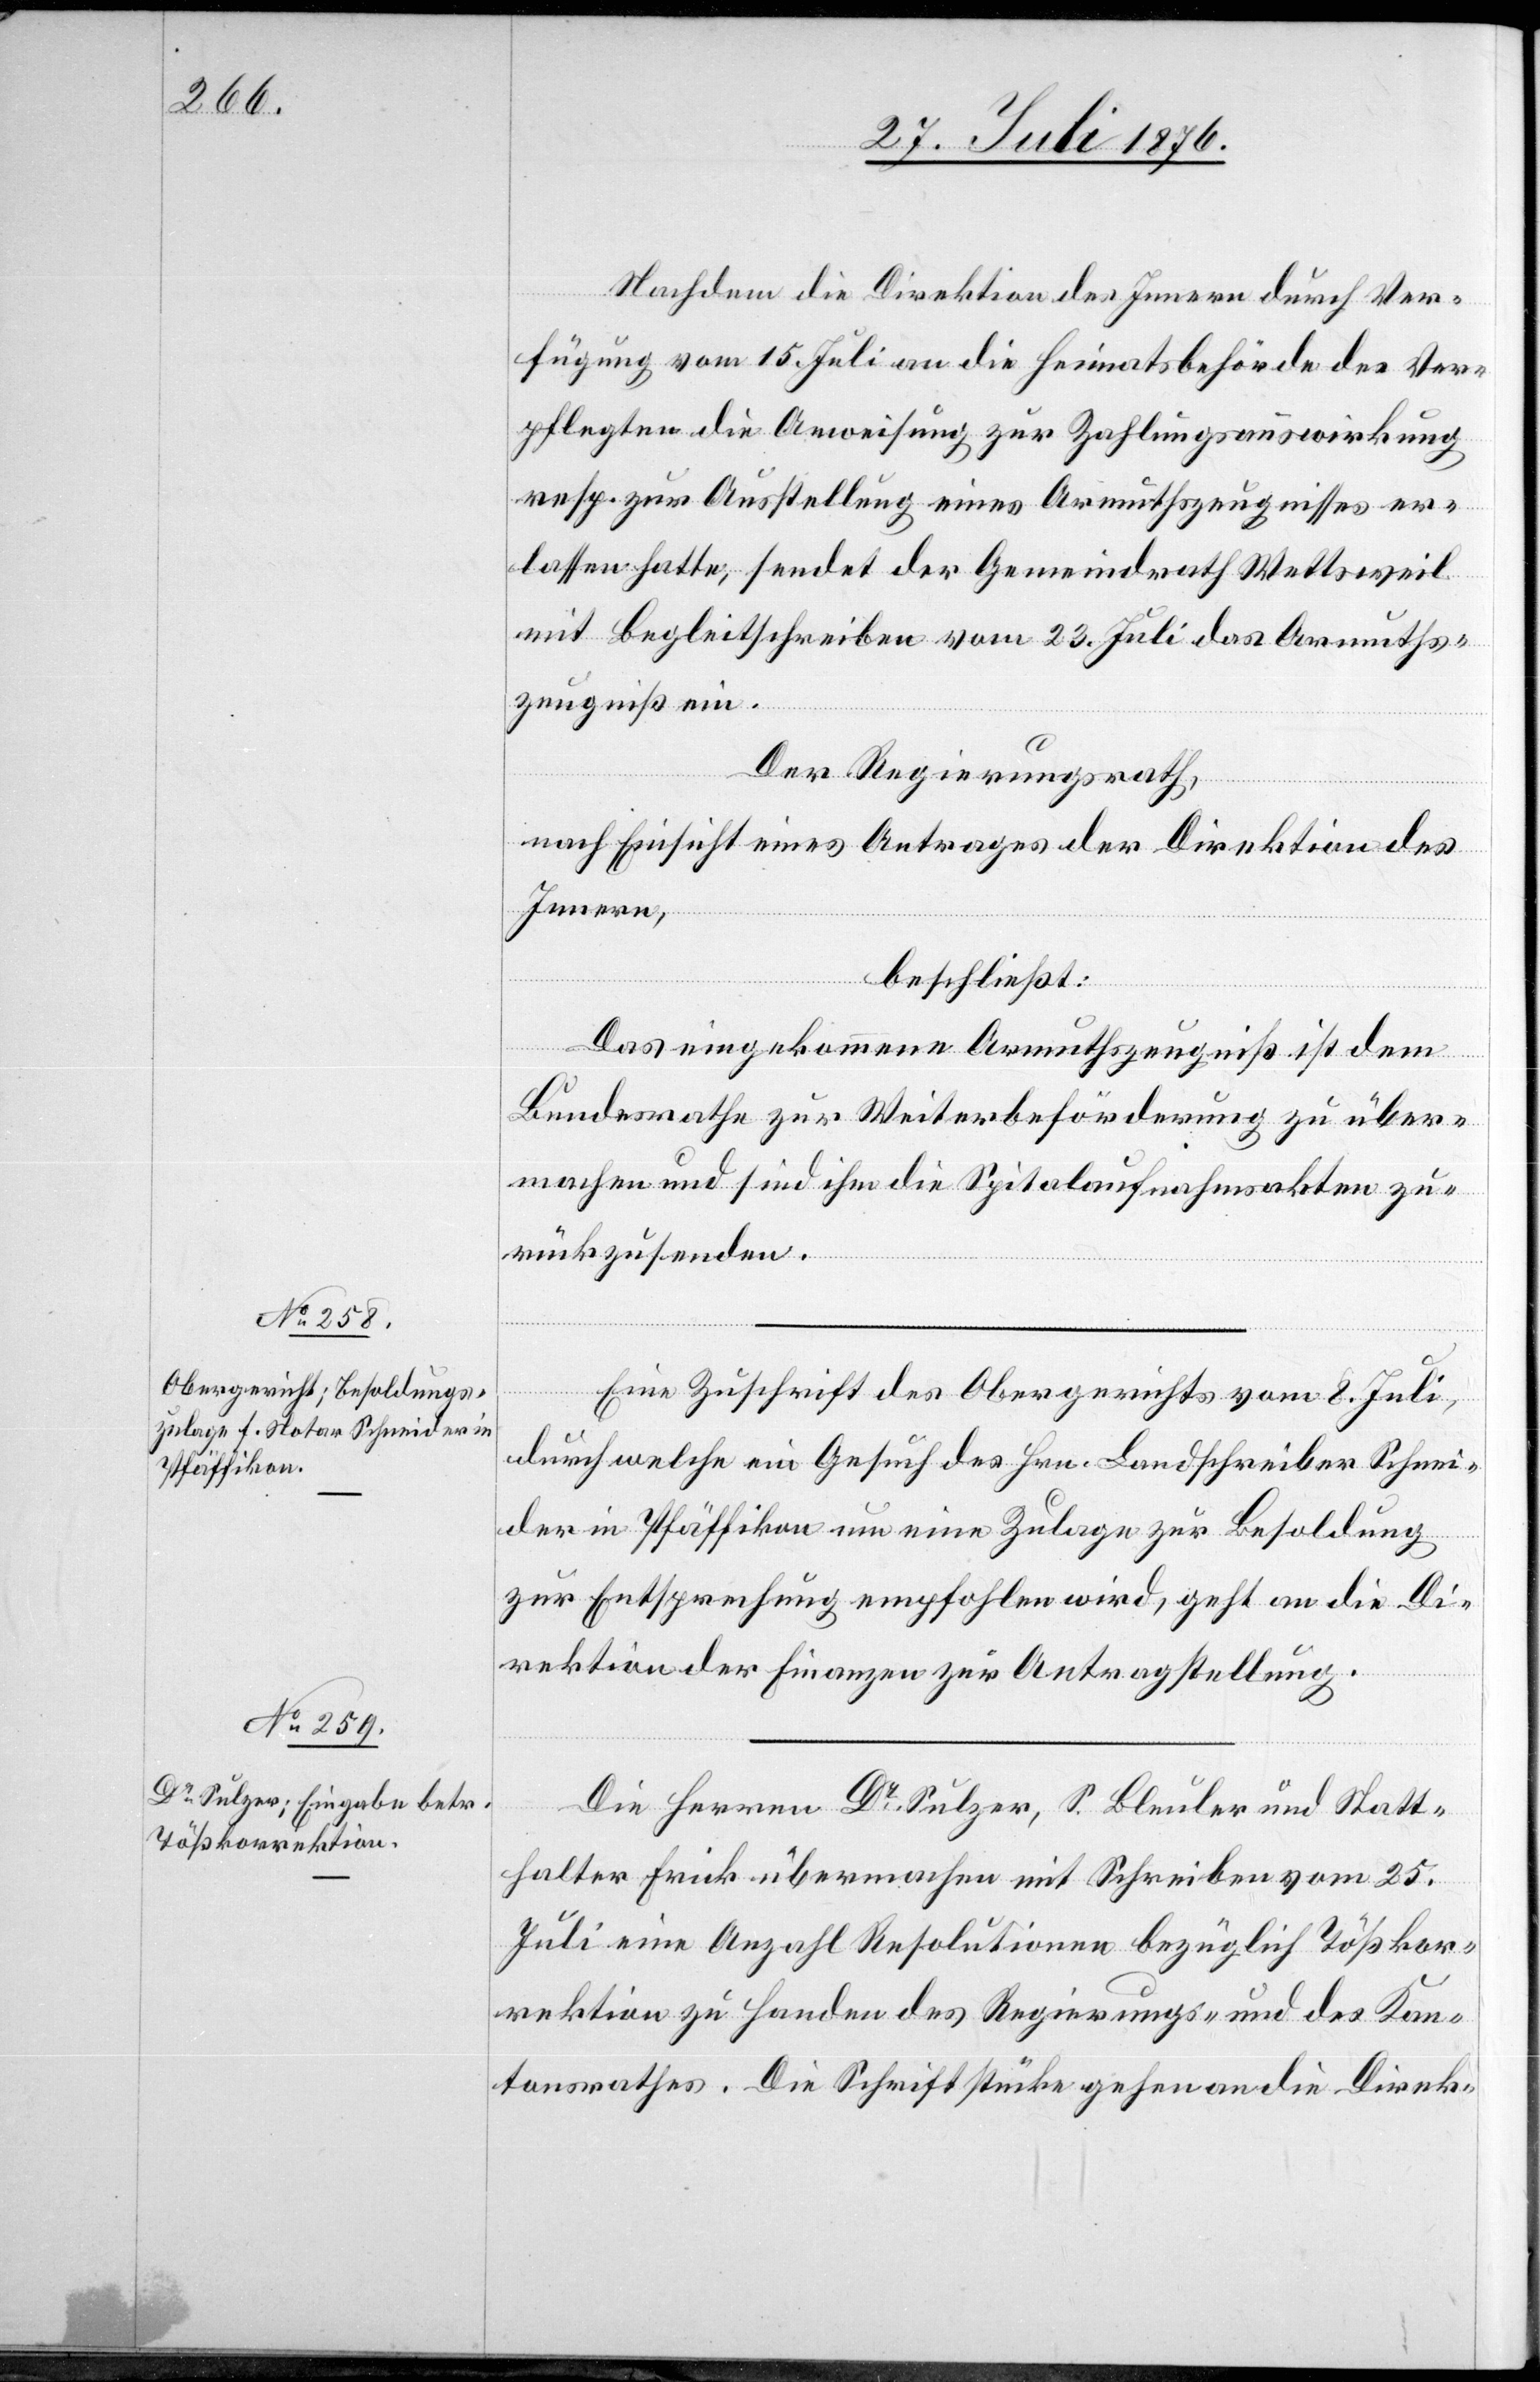
27. Juli 1876.]
Nachdem die Direktion des Innern durch Ver¬
fügung vom 15. Juli an die Heimatsbehörde des Ver¬
pflegten die Anweisung zur Zahlungsauswirkung
resp. zur Ausstellung eines Armuthszeugnisses er¬
lassen hatte, sendet der Gemeindrath Wettsweil
mit Begleitschreiben vom 23. Juli das Armuths¬
zeugniß ein.
Der Regierungsrath,
nach Einsicht eines Antrages der Direktion des
Innern,
beschließt:
Das eingekommene Armuthszeugniß ist dem
Bundesrathe zur Weiterbeförderung zu über¬
machen und sind ihm die Spitalaufnahmsakten zu¬
rückzusenden.
Eine Zuschrift des Obergerichts vom 8. Juli,
durch welche ein Gesuch des Hrn. Landschreiber Schnei¬
der in Pfäffikon um eine Zulage zur Besoldung
zur Entsprechung empfohlen wird, geht an die Di¬
rektion der Finanzen zur Antragstellung.
Die Herren Dr Sulzer, S. Bleuler und Statt¬
halter Frick übermachen mit Schreiben vom 25.
Juli eine Anzahl Resolutionen bezüglich Tößkor¬
rektion zu Handen des Regierungs- und des Kan¬
tonsrathes. Die Schriftstücke gehen an die Direk-